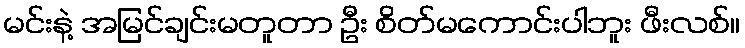
မင်းနဲ့ အမြင်ချင်းမတူတာ ဦး စိတ်မကောင်းပါဘူး ဖီးလစ်။